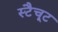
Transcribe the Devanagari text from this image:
स्टैचूट